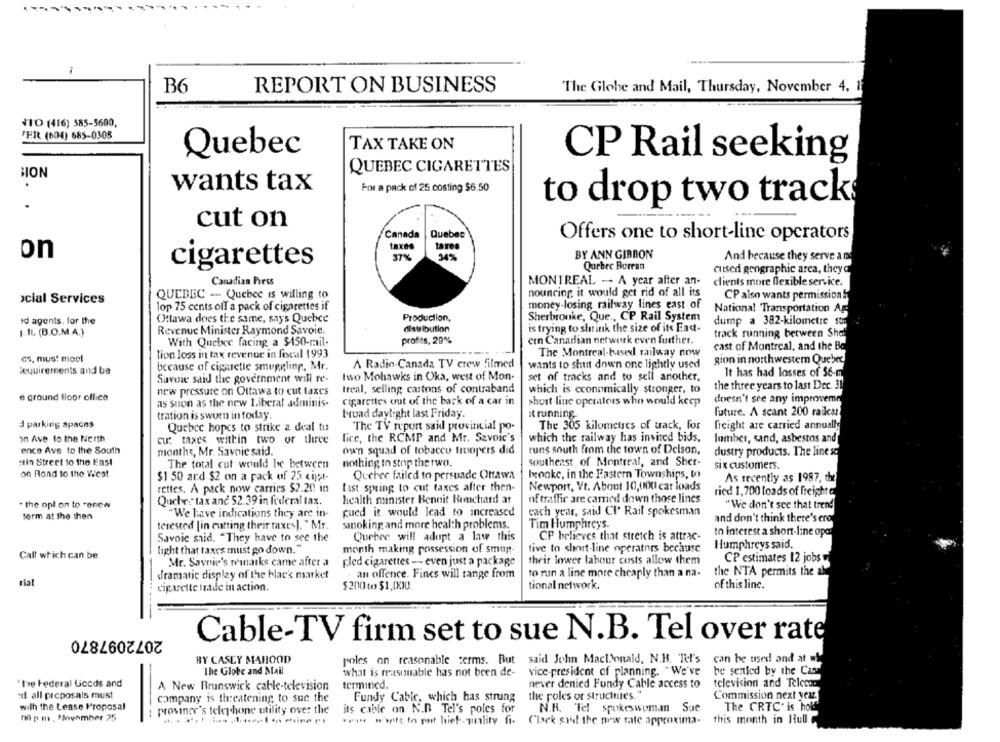
B6
REPORT ON BUSINESS
"The Globe and Mail, Thursday, November 4, 1
ITO (416) 585-5600,
ER (604) 685-0305
TAX TAKE ON
Quebec
CP Rail seeking
QUEBEC CIGARETTES
BION
.
wants tax
For a pack of 25 costing $6.50
.
to drop two tracks
cut on
Canada
Quebec
Offers one to short-line operators
taxes
taxes
on
37%
34%
BY ANN GIBBON
And because they serve a me
cigarettes
Quebec Burran
cused geographic area, they
Canadian Press
MONTREAL -- A year after an-
clients more flexible service.
QUEBEC -- Quebec is willing to
nouncing it would get rid of all its
CP also wants permissionl
›cial Services
money-losing_railway lines east of
lop 75 cents off a pack of cigarettes if
National Transportation Ago
id agents. for the
Ottawa does the same, says Quebec
Production,
Sherbrooke, Que ., CP Rail System
dump a 382-kilometre str
I. IL (B.O.M.A.)
Revenue Minister Raymond Savoie.
distribution
is trying to shit ink the size of its Ead-
track running between Shel
With Quebec facing a $450-mail-
profits, 29%
ern Canadian network even further.
cast of Montreal, and the Bo
lion loss in tax revenue in fiscal 1993
The Montreal-based railway now
cs, must mocl
A Radio-Canada TV crew filmed
wants to shut down one lightly used
gion in northwestern Quebec
Requirements and be
because of cigarette smuggling, Mr.
Savoie said the government will re-
Iwo Mohawks in Oka, west of Mon-
set of tracks and to sell another,
It has had losses of 56-m
the three years to last Dec. 31
new pressure on Ottawa to cut taxes
treal, selling cartons of contraband
which is economically stronger, to
e ground floor office
cigarettes out of the back of a car in
doesn't see any improvemr
as soon as the new Liberal adminis-
short line operators who would keep
tration is sworn in today.
broad daylight last Friday.
it running.
future. A scant 200 raika
J parking spaces
Quebec hopes to strike a deal tu
The TV report said provincial po-
The 305 kilometres of track, for
freight are carried annually
In Ave to the North
lice, the RCMP and Mr. Savoic's
which the railway has invited bids.
lumber, sand, asbestos and
cu: taxes within two or three
ence Ave to the South
months, Mr. Savoie said.
own squad of tobacco troopers did
runs south from the town of Delson,
dustry products. The line sc
Hin Street to the East
The total cut would be between
nothing to stop the two.
southeast of Montreal, and Sher-
six customers.
on Rond to the Viest
brooke, in the Eastern Townships, to
$1 50 and $2 on a pack of 25 cijst-
Quebec failed to persuade Ottawa
As recently as 1987, the
rettes. A pack now carries $2.20 in
Last spring to cut taxes after then-
Newport, Vt. About 10,000 car loads
ried 1,700 loads of freighta
the opl on to renew
Quebes tax and $2.39 in federal tax.
health minister Benoit Bemchard at
of traffic are carried down those lines
"We don't see that trend
pued it would lead to increased
each year, said CI' Rail spokesman
form at the then
"We have indications they are in-
and don't think there's ero
terested [in cutting their taxes). " Mr.
smoking and more health problems.
Tim Humphreys.
to interest a short-line opa
Savoie said. "They have to see the
Quebec will adupt a law this
CP believes that stretch is attrac-
light that taxes must go down."
month making possession of smug-
tive to short-line operators because
Humphreys said.
Call which can be
-
Mr. Savnie's remarks came after a
Fled cigarettes - even just a package
their lower labour costs allow them
CP estimates 12 jobs
to run a line more cheaply than a na-
dramatic display of the black market
. an offence. Fines will range from
the NTA permits the al
riat
cigarette trade in action.
$200 te $1,000.
tional network.
of this line.
2072097870
Cable-TV firm set to sue N.B. Tel over rate
BY CASEY MAHOOD
poles on reasonable terms. But said John MacDonald, N.B. "let's can be used and at w
The Globe and Mail
what is reasonable has not been de- vice-president of planning. "We've be sentled by the Cana
television and Telecon
" tre Federal Goods and
A New Brunswick cable-television
termined.
never denied Fondy Cable access to
it all proposals must
company is threatening to sue the
Fundy Cable, which has strung
the poles or structures."
Commission next year.
with the Lease Proposal
province's telephone utility over the
ils cable on N.B Tel's poles for
N.B. Tel spokeswoman Sue
The CRTC is hold
n p m . Minunmher 25
ww wwt In pit hiet-pinlity fi- Clack syd the new rate approxima- this month in Hull